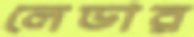
লেডার